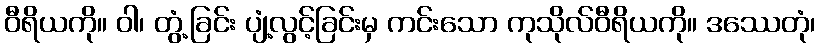
ဝီရိယကို။ ဝါ၊ တွံ့ခြင်း ပျံ့လွင့်ခြင်းမှ ကင်းသော ကုသိုလ်ဝီရိယကို။ ဒဿေတုံ၊